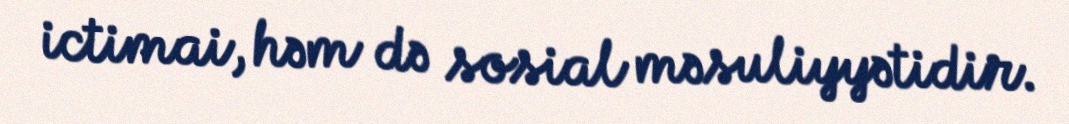
ictimai, həm də sosial məsuliyyətidir.